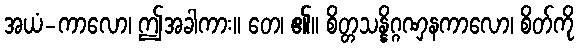
အယံ-ကာလော၊ ဤအခါကား။ တေ၊ ၏။ စိတ္တသန္နိဂ္ဂဏှနကာလော၊ စိတ်ကို